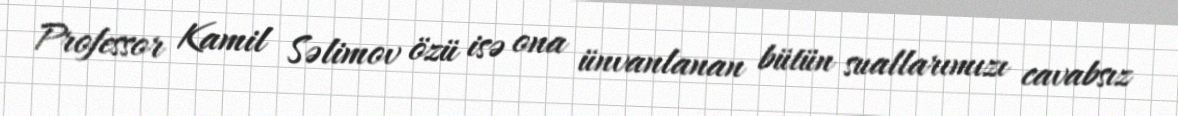
Professor Kamil Səlimov özü isə ona ünvanlanan bütün suallarımızı cavabsız